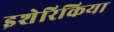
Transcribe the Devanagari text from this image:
इशेरिकिया